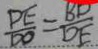
\frac { D E } { D O } = \frac { B D } { D E }